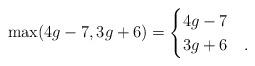
LaTeX: \begin{align*} \max(4g-7, 3g+6) = \begin{cases} 4g-7 & \\ 3g+6 & . \end{cases}\end{align*}